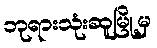
ဘုရားသုံးဆူမြို့မှ